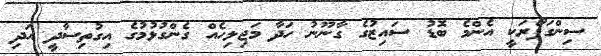
ސިންގަޕޯރަކީ އެންމެ ބޮޑު ސައިޒުގެ ގާނޫނު ހަދާ މަޖިލިހެއް ގެންގުޅުމުގެ އިގުތިސާދީ އަދި